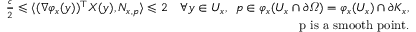
\begin{array} { r } { \frac { c } { 2 } \leqslant \langle ( \nabla \varphi _ { x } ( y ) ) ^ { \top } X ( y ) , N _ { x , p } \rangle \leqslant 2 \quad \forall y \in U _ { x } , \, \, \, p \in \varphi _ { x } ( U _ { x } \cap \partial \varOmega ) = \varphi _ { x } ( U _ { x } ) \cap \partial K _ { x } , } \\ { \mathrm { ~ p ~ i s ~ a ~ s m o o t h ~ p o i n t } . } \end{array}